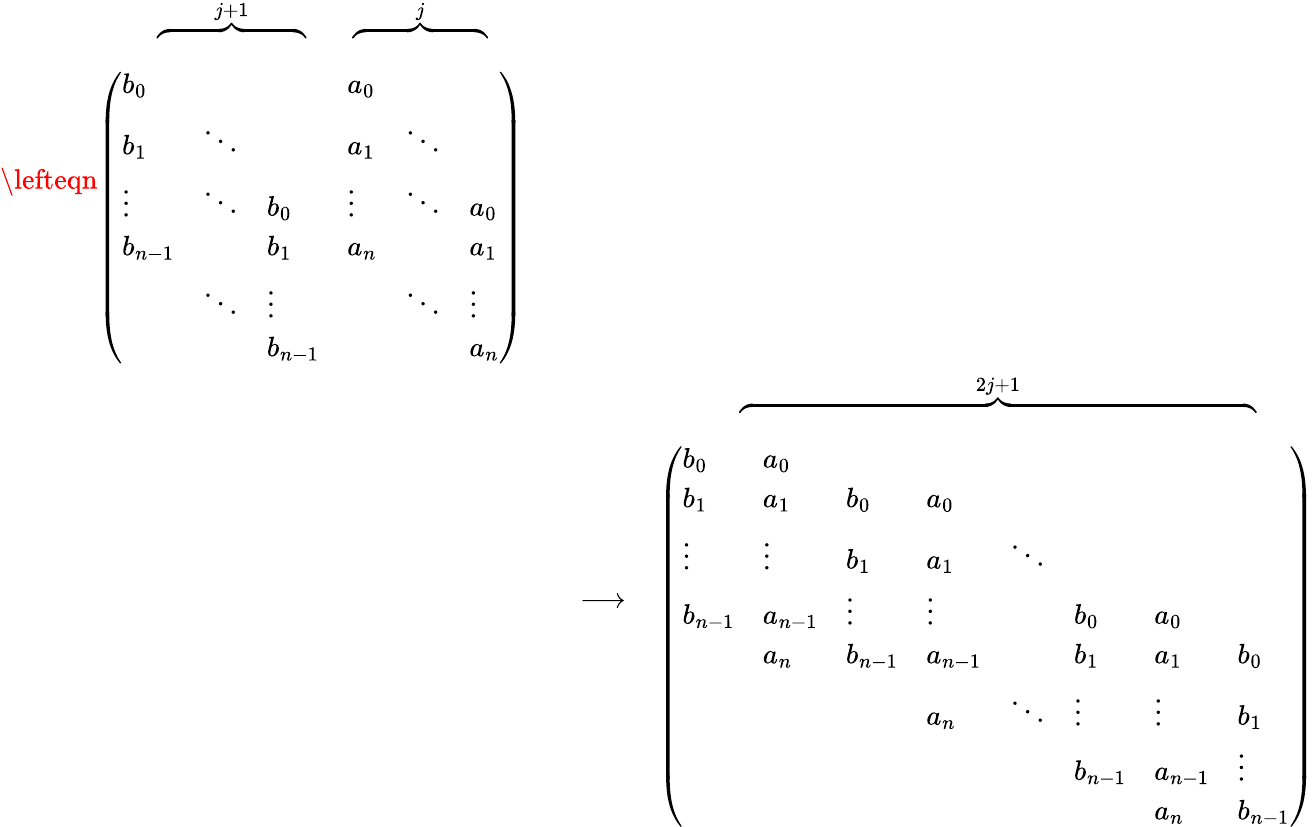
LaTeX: \begin{array}{rlr}{\lefteqn{\begin{array}{c}{\; \; \; \overbrace{\mathrm{\ \ \ \ \ \ \ \ \ \ \ \ \ \ \ \ \ \ \ \ \ }}^{j+1}\; \; \; \; \; \; \overbrace{\mathrm{\ \ \ \ \ \ \ \ \ \ \ \ \ \ \ \ \ \ \ }}^{j}}\\ {\left(\begin{array}{llllll}{b_{0}}&&&{a_{0}}&&\\ {b_{1}}&{\ddots}&&{a_{1}}&{\ddots}&\\ {\vdots}&{\ddots}&{b_{0}}&{\vdots}&{\ddots}&{a_{0}}\\ {b_{n-1}}&&{b_{1}}&{a_{n}}&&{a_{1}}\\ &{\ddots}&{\vdots}&&{\ddots}&{\vdots}\\ &&{b_{n-1}}&&&{a_{n}}\end{array}\right)}\end{array}}}\\ &{}&{\longrightarrow\; \; \; \; \begin{array}{c}{\; \; \; \overbrace{\mathrm{\ \ \ \ \ \ \ \ \ \ \ \ \ \ \ \ \ \ \ \ \ \ \ \ \ \ \ \ \ \ \ \ \ \ \ \ \ \ \ \ \ \ \ \ \ \ \ \ \ \ \ \ \ \ \ \ \ \ \ \ \ \ \ \ \ \ \ \ \ \ \ \ \ }}^{2j+1}}\\ {\left(\begin{array}{llllllll}{b_{0}}&{a_{0}}&&&&&&\\ {b_{1}}&{a_{1}}&{b_{0}}&{a_{0}}&&&&\\ {\vdots}&{\vdots}&{b_{1}}&{a_{1}}&{\ddots}&&&\\ {b_{n-1}}&{a_{n-1}}&{\vdots}&{\vdots}&&{b_{0}}&{a_{0}}&\\ &{a_{n}}&{b_{n-1}}&{a_{n-1}}&&{b_{1}}&{a_{1}}&{b_{0}}\\ &&&{a_{n}}&{\ddots}&{\vdots}&{\vdots}&{b_{1}}\\ &&&&&{b_{n-1}}&{a_{n-1}}&{\vdots}\\ &&&&&&{a_{n}}&{b_{n-1}}\end{array}\right)}\end{array}}\end{array}